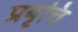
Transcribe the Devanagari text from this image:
प्रबृत्ति